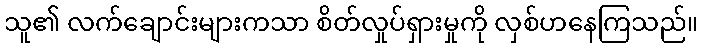
သူ၏ လက်ချောင်းများကသာ စိတ်လှုပ်ရှားမှုကို လှစ်ဟနေကြသည်။